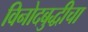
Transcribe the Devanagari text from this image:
विनोदबुद्धीचा